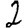
Digit: 2